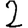
Digit: 2